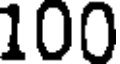
100